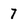
Character: 7